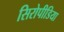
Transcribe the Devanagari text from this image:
सिरोपीडिया